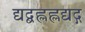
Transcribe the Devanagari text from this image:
द्यद्बह्लह्लद्यद्ग